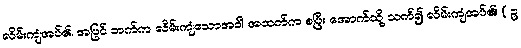
လိမ်းကျံအပ်၏၊ အပြင် ဘက်က လိမ်းကျံသောအခါ အထက်က စပြီး အောက်သို့ သက်၍ လိမ်းကျံအပ်၏၊ ( ဥ